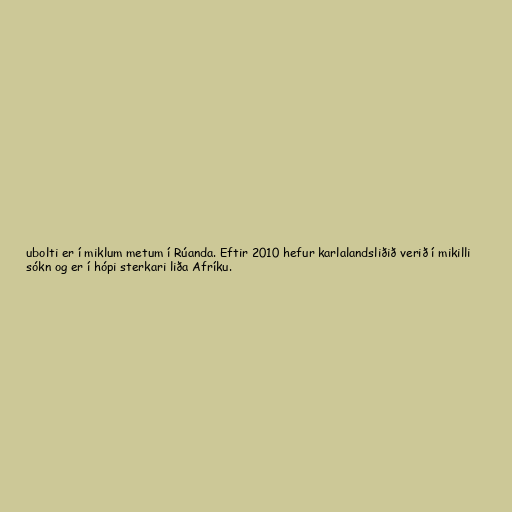
ubolti er í miklum metum í Rúanda. Eftir 2010 hefur karlalandsliðið verið í mikilli
sókn og er í hópi sterkari liða Afríku.